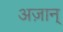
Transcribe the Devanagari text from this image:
अज़ान्